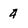
Character: 4